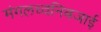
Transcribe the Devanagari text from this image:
मंगलध्वनिबजाई